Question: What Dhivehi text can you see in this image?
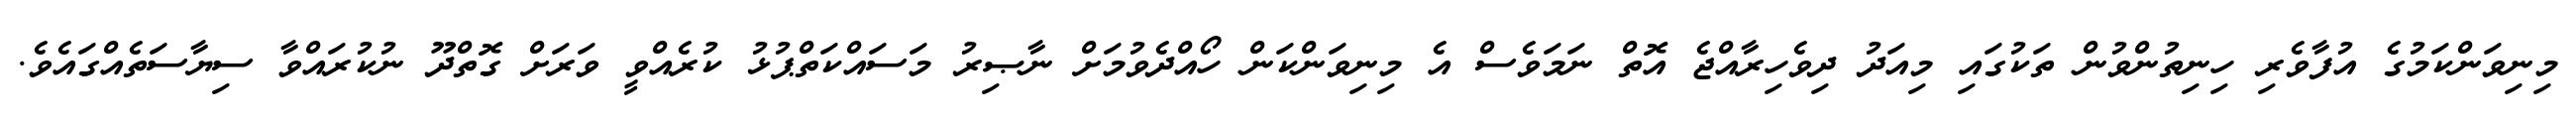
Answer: މިނިވަންކަމުގެ އުފާވެރި ހިނިތުންވުން ތަކުގައި މިއަދު ދިވެހިރާއްޖެ އޮތް ނަމަވެސް އެ މިނިވަންކަން ހޯއްދެވުމަށް ނާޞިރު މަސައްކަތްޕުޅު ކުރެއްވީ ވަރަށް ގޮތްދޫ ނުކުރައްވާ ސިޔާސަތެއްގައެވެ.